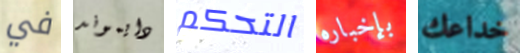
في دايموند التحكم بإخباره خداعك